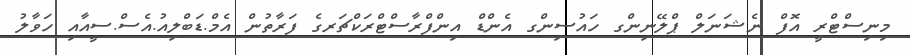
މިނިސްޓްރީ އޮފް ނެޝަނަލް ޕްލޭނިންގ ހައުސިންގ އެންޑް އިންފްރާސްޓްރަކްޗަރގެ ފަރާތުން އެމް.ޑަބްލިއު.އެސް.ސީއާއި ހަވާލު